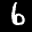
Label: 6